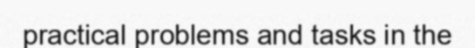
practical problems and tasks in the